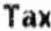
TAX